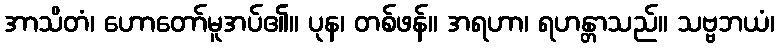
အာသိတံ၊ ဟောတော်မူအပ်၏။ ပုန၊ တစ်ဖန်။ အရဟာ၊ ရဟန္တာသည်။ သဗ္ဗဘယံ၊